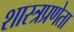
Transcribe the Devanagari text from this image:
शास्त्रप्रणेता